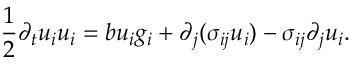
\frac { 1 } { 2 } \partial _ { t } u _ { i } u _ { i } = b u _ { i } g _ { i } + \partial _ { j } ( \sigma _ { i j } u _ { i } ) - \sigma _ { i j } \partial _ { j } u _ { i } .